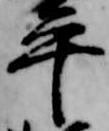
平